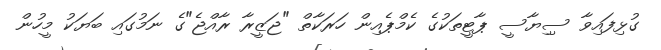
ގުޅިފައިވާ ސިިޔާސީ ޕާޓީތަކުގެ ކެމްޕެއިން ހަރަކާތް "ޖަޒީރާ ރާއްޖެ"ގެ ނަމުގައި ބަޔަކު މީހުން